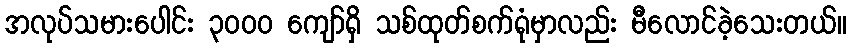
အလုပ်သမားပေါင်း ၃၀၀၀ ကျော်ရှိ သစ်ထုတ်စက်ရုံမှာလည်း မီလောင်ခဲ့သေးတယ်။